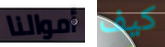
أموالنا كيف